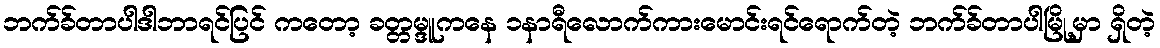
ဘက်ခ်တာပါဒါဘာရင်ပြင် ကတော့ ခတ္တမ္ဒူကနေ ၁နာရီလောက်ကားမောင်းရင်ရောက်တဲ့ ဘက်ခ်တာပါမြို့မှာ ရှိတဲ့